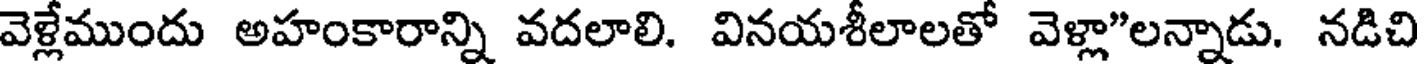
వెళ్లేముందు అహంకారాన్ని వదలాలి. వినయశీలాలతో వెళ్లా"లన్నాడు. నడిచి